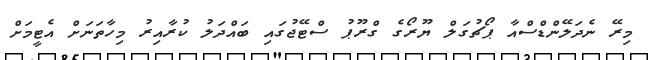
މިރޭ ނެދަލޭންޑްސްއާ ޕޯޗުގަލް ޔޫރޯގެ ގްރޫޕު ސްޓޭޖުގައި ބައްދަލު ކުރާއިރު މިހާތަނަށް އެޓީމަށް